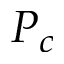
P _ { c }